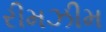
રીમઝીમ